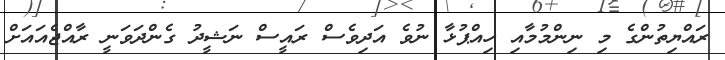
ރައްޔިތުންގެ މި ނިންމުމާއި ހިއްޕުޅާ ނުވެ އަދިވެސް ރައީސް ނަޝީދު ގެންދަވަނީ ރާއްޖެއައަށް